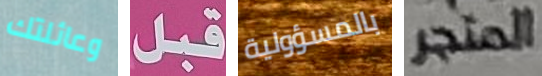
وعائلتك قبل بالمسؤولية المتجر